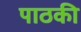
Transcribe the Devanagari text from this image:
पाठकी